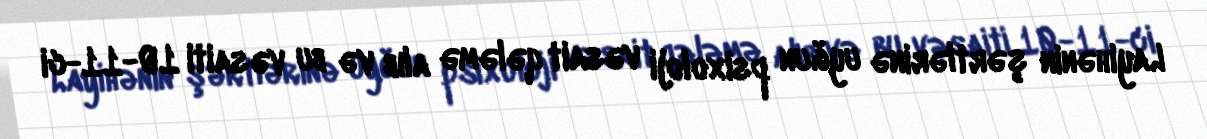
Layihənin şərtlərinə uyğun psixoloji vəsait qələmə alıb və bu vəsaiti 10-11-ci